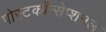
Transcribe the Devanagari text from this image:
पोस्टकॉन्सेप्शनल